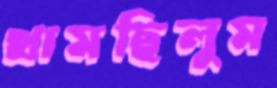
থামছিলুম